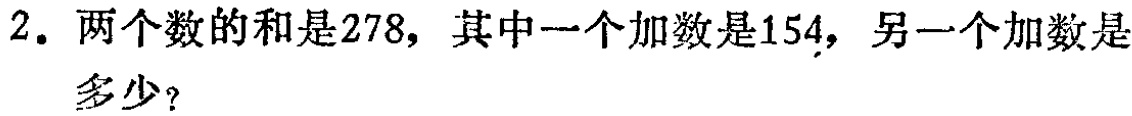
2. 两个数的和是278，其中一个加数是154，另一个加数是多少？